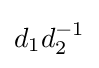
d_{1}d_{2}^{-1}